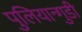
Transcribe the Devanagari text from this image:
पुलियान्गुडी